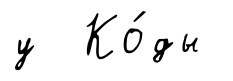
у Ко́ды